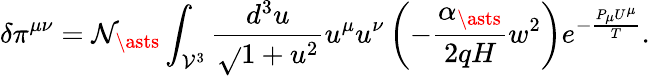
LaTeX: \delta\pi^{\mu\nu}=\mathcal{N}_{\asts}\int_{\mathcal{{V}}^{3}}\frac{{d^{3}u}}{{\sqrt{}{{1+u^{2}}}}}u^{\mu}u^{\nu}\left(-\frac{{\alpha_{\asts}}}{{2qH}}w^{2}\right)e^{-\frac{{P_{\mu}U^{\mu}}}{{T}}}.